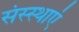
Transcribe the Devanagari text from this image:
संस्स्थाएं